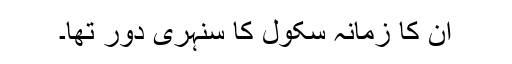
ان کا زمانہ سکول کا سنہری دور تھا۔